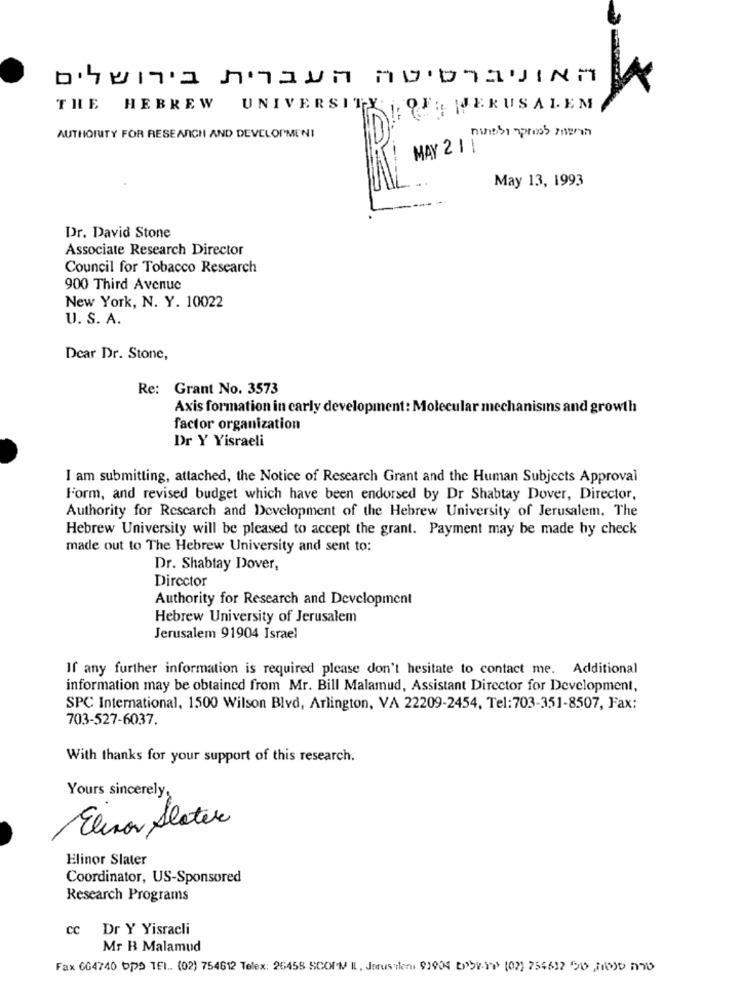
THE HEBREW UNIVERSITY , OF: WJERUSALEM
AUTHORITY FOR RESEARCH AND DEVELOPMENT
ninth proos menon
PRI MAX 2
May 13, 1993
Dr. David Stone
Associate Research Director
Council for Tobacco Research
900 Third Avenue
New York, N. Y. 10022
U. S. A.
Dear Dr. Stone,
Re: Grant No. 3573
Axis formation in carly development: Molecular mechanisms and growth
factor organization
Dr Y Yisraeli
I am submitting, attached, the Notice of Research Grant and the Human Subjects Approval
Form, and revised budget which have been endorsed by Dr Shabtay Dover, Director,
Authority for Research and Development of the Hebrew University of Jerusalem. The
Hebrew University will be pleased to accept the grant. Payment may be made by check
made out to The Hebrew University and sent to:
Dr. Shabtay Dover,
Director
Authority for Research and Development
Hebrew University of Jerusalem
Jerusalem 91904 Israel
If any further information is required please don't hesitate to contact me. Additional
information may be obtained from Mr. Bill Malamud, Assistant Director for Development,
SPC International, 1500 Wilson Blvd, Arlington, VA 22209-2454, Tel:703-351-8507, Fax:
703-527-6037.
With thanks for your support of this research.
Yours sincerely,
Elinor Slater
Elinor Slater
Coordinator, US-Sponsored
Research Programs
CC
Dr Y Yisracli
Mr B Malamud
Fax 6G4740 bps TEI .. (02) 754612 Telex: 26458 SCOI'M IL. Jorusileni 91904 Dbv-11 (02) 754512 56 7) n7